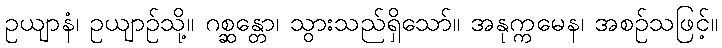
ဥယျာနံ၊ ဥယျာဉ်သို့။ ဂစ္ဆန္တော၊ သွားသည်ရှိသော်။ အနုက္ကမေန၊ အစဉ်သဖြင့်။